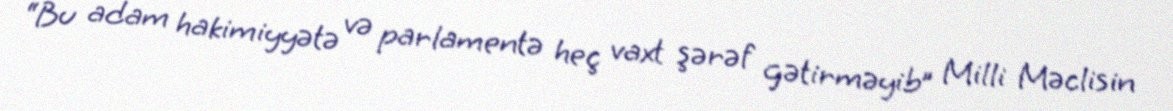
“Bu adam hakimiyyətə və parlamentə heç vaxt şərəf gətirməyib” Milli Məclisin